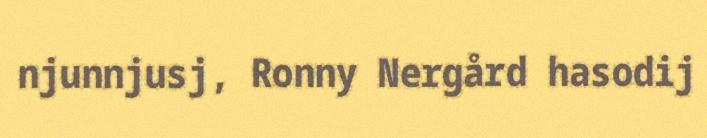
njunnjusj, Ronny Nergård hasodij